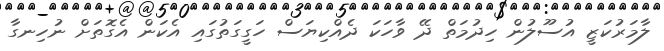
ލާމަރުކަޒީ އުސޫލުން ހިދުމަތް ދޭ ވާހަކަ ދެއްކިޔަސް ހަގީގަތުގައި އެކަން އެގޮތަށް ނުހިނގާ